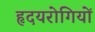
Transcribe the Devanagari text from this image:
हृदयरोगियों